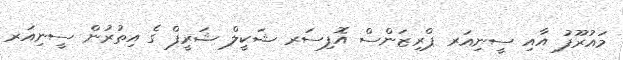
މައުރޫފު އާއި ސީނިއަރ ޕްރިޒަންސް އޮފިސަރ ޝަކީލް ޝަރީފް ގެ އިތުރުން ސީނިއަރ